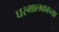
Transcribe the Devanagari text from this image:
घरमालकाच्या